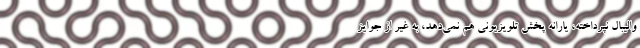
والیبال نپرداخته، یارانه پخش تلویزیونی هم نمی‌دهد، به غیر از جوایز